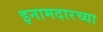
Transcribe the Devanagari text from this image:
इनामदारच्या